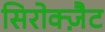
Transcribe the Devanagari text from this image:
सिरोक्ज़ैट